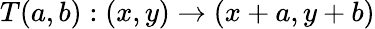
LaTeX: T(a,b):(x,y)\rightarrow(x+a,y+b)